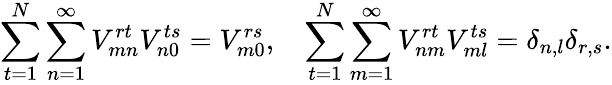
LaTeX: \sum_{t=1}^{N}\sum_{n=1}^{\infty}V_{mn}^{rt}V_{n0}^{ts}=V_{m0}^{rs},\ \ \ \sum_{t=1}^{N}\sum_{m=1}^{\infty}V_{nm}^{rt}V_{ml}^{ts}=\delta_{n,l}\delta_{r,s}.